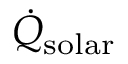
\dot { Q } _ { \mathrm { s o l a r } }